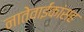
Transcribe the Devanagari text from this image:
नातेवाईंकांंसह